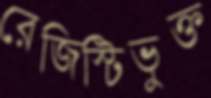
রেজিস্টিভুক্ত